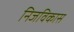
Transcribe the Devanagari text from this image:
निजविकास